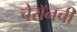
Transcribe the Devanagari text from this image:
चेरॉनची